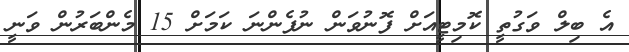
އެ ބިލް ވަގުތީ ކޮމިޓީއަށް ފޮނުވަން ނުފެންނަ ކަމަށް 15 މެންބަރުން ވަނީ